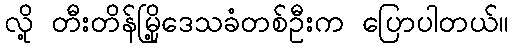
လို့ တီးတိန်မြို့ဒေသခံတစ်ဦးက ပြောပါတယ်။